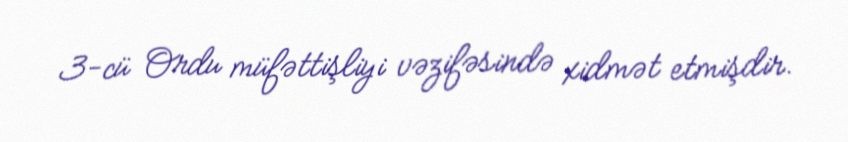
3-cü Ordu müfəttişliyi vəzifəsində xidmət etmişdir.